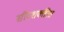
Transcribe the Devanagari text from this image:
सौरशक्तीत